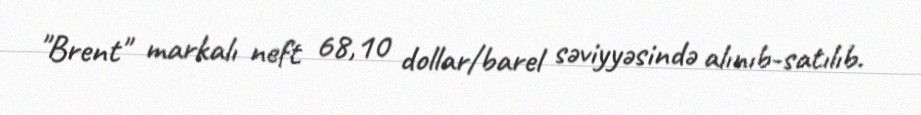
"Brent" markalı neft 68,10 dollar/barel səviyyəsində alınıb-satılıb.